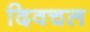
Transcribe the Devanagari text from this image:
दिवचल